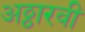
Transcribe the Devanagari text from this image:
अठ्ठारवीं